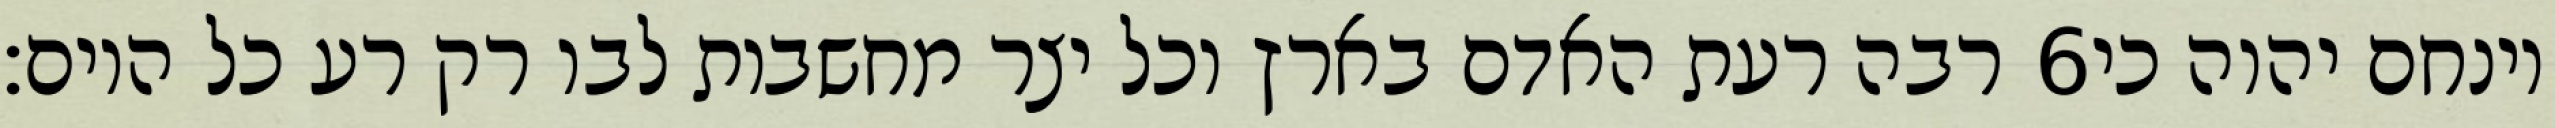
רבה רעת האדם בארץ וכל יצר מחשבות לבו רק רע כל היום׃ ‎6‏ וינחם יהוה כי